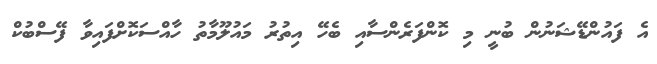
އެ ފައުންޑޭޝަނުން ބުނީ މި ކޮންފަރެންސާއި ބެހޭ އިތުރު މައުލޫމާތު ހާއްސަކޮށްފައިވާ ފޭސްބުކް